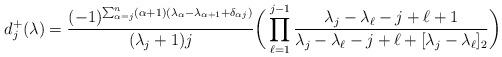
LaTeX: \begin{align*}d_{j}^+(\lambda)=\frac{(-1)^{\sum_{\alpha=j}^n(\alpha+1)(\lambda_\alpha-\lambda_{\alpha+1}+\delta_{\alpha j})}}{(\lambda_j+1)j}\bigg(\prod_{\ell=1}^{j-1}\frac{\lambda_j-\lambda_\ell-j+\ell+1}{\lambda_j-\lambda_\ell-j+\ell+[\lambda_j-\lambda_\ell]_2}\bigg)\end{align*}